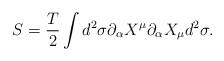
LaTeX: \begin{align*}S={T \over 2} \int d^2 \sigma\partial_{\alpha}X^{\mu} \partial_{\alpha}X_{\mu} d^2 \sigma.\end{align*}